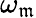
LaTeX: \omega_{\mathfrak{m}}